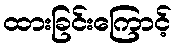
ထားခြင်းကြောင့်